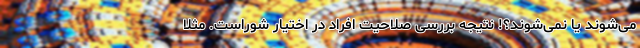
می‌شوند یا نمی‌شوند؟! نتیجه بررسی صلاحیت افراد در اختیار شوراست. مثلاً